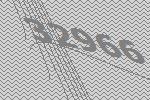
32966